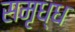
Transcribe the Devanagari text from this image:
समृध्ध